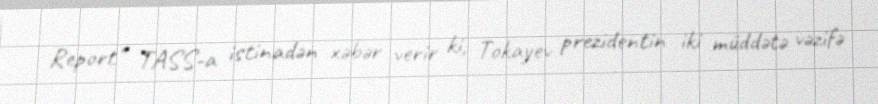
Report" TASS-a istinadən xəbər verir ki, Tokayev prezidentin iki müddətə vəzifə